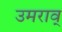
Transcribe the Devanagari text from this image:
उमराव्